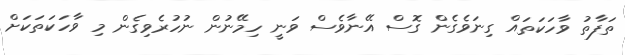
ތަފާތު ވާހަކަތައް ގިނަވެގެން ގޮސް އޭނާވެސް ވަނީ ހިމޭނުން ނުހުރެވިގެން މި ވާހަކަތަކަށް